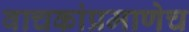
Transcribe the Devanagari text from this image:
वाचकांप्रमाणेच